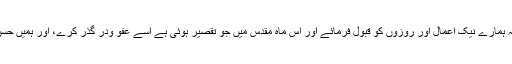
اللہ تعالی سے دعا ہے کہ ہمارے نیک اعمال اور روزوں کو قبول فرمائے اور اس ماہ مقدس میں جو تقصیر ہوئی ہے اسے عفو ودر گذر کرے، اور ہمیں حسن عمل کی توفیق بخشے۔